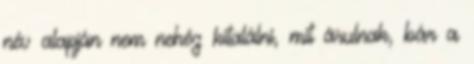
név alapján nem nehéz kitalálni, mit árulnak, bár a